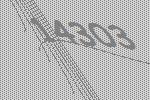
14303